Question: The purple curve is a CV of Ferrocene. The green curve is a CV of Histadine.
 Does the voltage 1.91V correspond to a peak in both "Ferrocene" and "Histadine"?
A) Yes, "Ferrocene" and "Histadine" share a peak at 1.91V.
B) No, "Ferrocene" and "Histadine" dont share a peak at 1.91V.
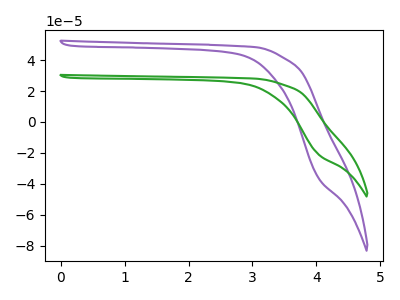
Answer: <think>The purple curve "Ferrocene" has no peaks. The green curve "Histadine" has no peaks.</think>
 <answer>B) No, "Ferrocene" and "Histadine" dont share a peak at 1.91V.</answer>
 <eval>B</eval>